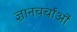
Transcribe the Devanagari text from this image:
ज्ञानचर्चाओं